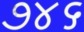
૭૪૬